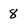
Character: 8